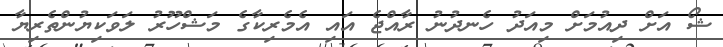
ޝޯ އަށް ދިއުމަށް މިއަދު ހެނދުނު ރާއްޖެ އައި އެމެރިކާގެ މަޝްހޫރު ލަވަކިޔުންތެރިޔާ